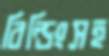
বিল্ডিংসহ